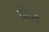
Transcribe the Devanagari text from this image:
टाँटन